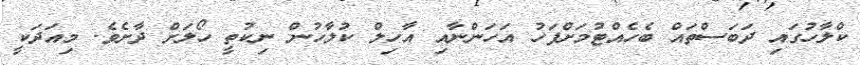
ކްލާހުގައި ދަބަސްތައް ބެހެއްޓުމަށްފަހު އަހަންނާއި އާހިލް ކުލާހުން ނިކުތީ ހޯލަށް ދާށެވެ. މިއަދަކީ